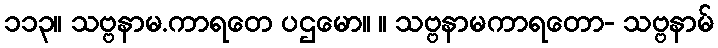
၁၁၃။ သဗ္ဗနာမ.ကာရတေ ပဌမော။ ။ သဗ္ဗနာမကာရတော- သဗ္ဗနာမ်